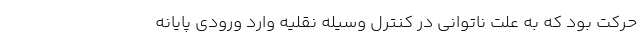
حرکت بود که به علت ناتوانی در کنترل وسیله نقلیه وارد ورودی پایانه